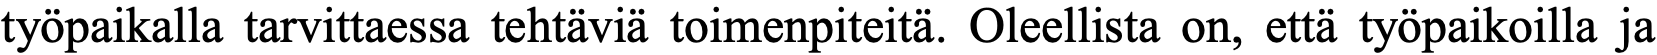
työpaikalla tarvittaessa tehtäviä toimenpiteitä. Oleellista on, että työpaikoilla ja